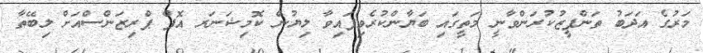
މަރުގެ އަދަބު ތަންފީޒުކުރަންވާނީ މަތީގައި ބަޔާންކުރެވިފައިވާ ލިޔުން ކޮމިޝަނަރ އޮފް ޕްރިޒަންސްއަށް ލިބޭތާ